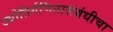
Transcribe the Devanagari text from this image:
ज्योतिर्गणितासंबंधीचा